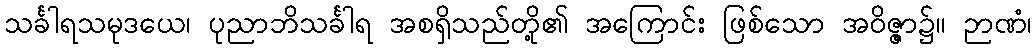
သင်္ခါရသမုဒယေ၊ ပုညာဘိသင်္ခါရ အစရှိသည်တို့၏ အကြောင်း ဖြစ်သော အဝိဇ္ဇာ၌။ ဉာဏံ၊